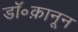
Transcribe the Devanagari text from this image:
डॉ॰क़ानून